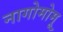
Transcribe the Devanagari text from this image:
नागोमोमू